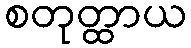
စတုတ္ထာယ